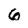
Character: 6